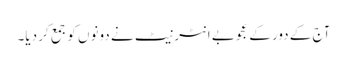
آج کے دور کے عجوبے انٹرنیٹ نے دونوں کو جمع کر دیا۔